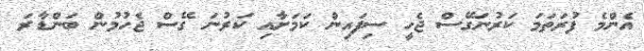
އެންމެ ފުރަތަމަ ކަރުނަގޭސް ޖެހީ ސިފައިން ކަމަށާއި ކަރުނަ ގޭސް ޖެހުމުން ބަންޑާރަ